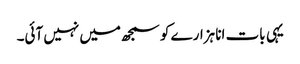
یہی بات انا ہزارے کو سمجھ میں نہیں آئی۔